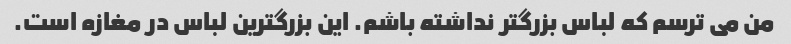
من می ترسم که لباس بزرگتر نداشته باشم. این بزرگترین لباس در مغازه است.